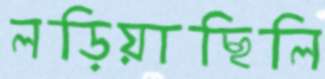
লড়িয়াছিলি